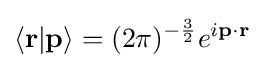
\langle {\textbf {r}}|{\textbf {p}}\rangle =(2\pi )^{-{\frac {3}{2}}}e^{i{\textbf {p}}\cdot {\textbf {r}}}